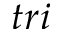
t r i